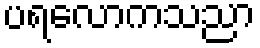
ပရလောကသညာ